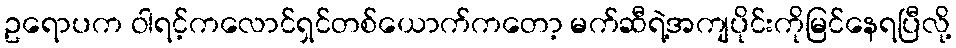
ဥရောပက ဝါရင့်ကလောင်ရှင်တစ်ယောက်ကတော့ မက်ဆီရဲ့အကျပိုင်းကိုမြင်နေရပြီလို့